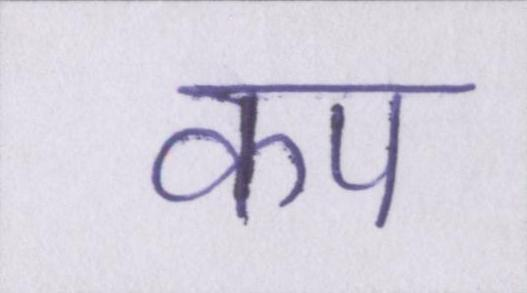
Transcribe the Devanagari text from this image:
कप